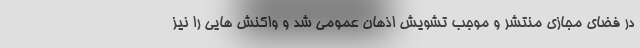
در فضای مجازی منتشر و موجب تشویش اذهان عمومی شد و واکنش هایی را نیز